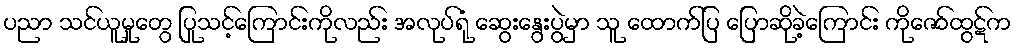
ပညာ သင်ယူမှုတွေ ပြုသင့်ကြောင်းကိုလည်း အလုပ်ရုံ ဆွေးနွေးပွဲမှာ သူ ထောက်ပြ ပြောဆိုခဲ့ကြောင်း ကိုဇော်ထွဋ်က